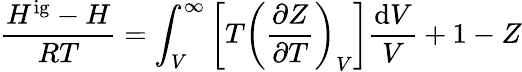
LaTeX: {\frac{H^{\mathrm{ig}}-H}{RT}}=\int_{V}^{\infty}\left[T\left({\frac{\partial Z}{\partial T}}\right)_{V}\right]{\frac{\mathrm{d}V}{V}}+1-Z